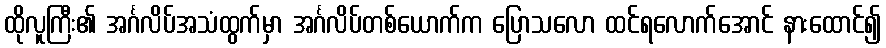
ထိုလူကြီး၏ အင်္ဂလိပ်အသံထွက်မှာ အင်္ဂလိပ်တစ်ယောက်က ပြောသလော ထင်ရလောက်အောင် နားထောင်၍